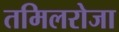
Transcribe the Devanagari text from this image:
तमिलरोजा